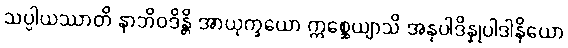
သပ္ပါယဿာတိ နာဘိဝဒိန္တိ အာယုက္ခယော ဣစ္ဆေယျာသိ အနုပါဒိန္နုပါဒါနိယော